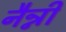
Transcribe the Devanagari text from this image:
नैन्नी